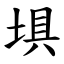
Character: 埧